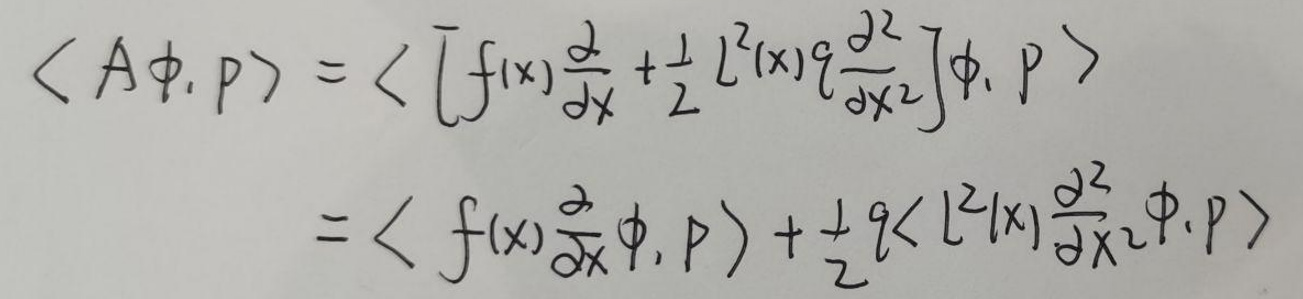
\[
\begin{align*}
\langle A\phi, p\rangle&=\left\langle\left[f(x)\frac{d}{dx}+\frac{1}{2}l^{2}(x)q\frac{d^{2}}{dx^{2}}\right]\phi, p\right\rangle\\
&=\left\langle f(x)\frac{d}{dx}\phi, p\right\rangle+\frac{1}{2}q\left\langle l^{2}(x)\frac{d^{2}}{dx^{2}}\phi, p\right\rangle
\end{align*}
\]